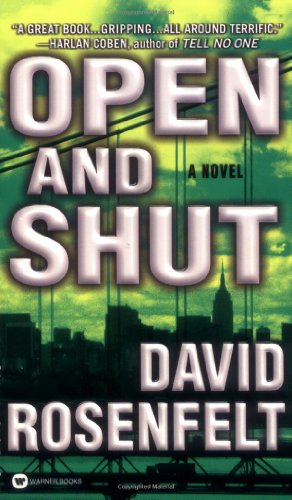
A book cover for Open and Shut; David Rosenfelt; Mystery, Thriller & Suspense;